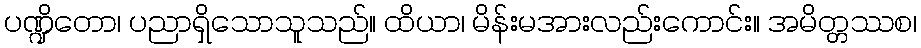
ပဏ္ဍိတော၊ ပညာရှိသောသူသည်။ ထိယာ၊ မိန်းမအားလည်းကောင်း။ အမိတ္တဿစ၊